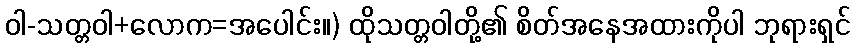
ဝါ-သတ္တဝါ+လောက=အပေါင်း။) ထိုသတ္တဝါတို့၏ စိတ်အနေအထားကိုပါ ဘုရားရှင်